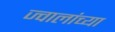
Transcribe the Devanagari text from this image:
ज्वालांच्या